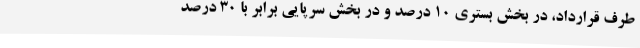
طرف قرارداد، در بخش بستری ۱۰ درصد و در بخش سرپایی برابر با ۳۰ درصد